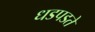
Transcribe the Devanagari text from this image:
धडपडते